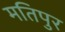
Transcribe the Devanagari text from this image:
मतिपुर